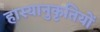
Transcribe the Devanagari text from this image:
हास्यानुकृतियों